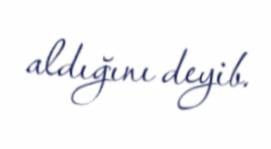
aldığını deyib.